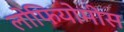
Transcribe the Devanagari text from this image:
लोफियोमीस